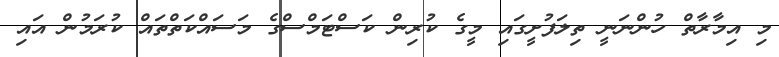
މި އިމާރާތް ހުންނަނީ ތިލަފުށީގައި މީގެ ކުރިން ކަސްޓަމްސްގެ މަސައްކަތްތައް ކުރަމުން އައި